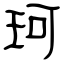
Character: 珂